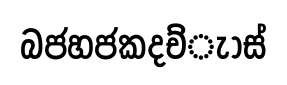
බජහජකදච්ැාස්